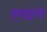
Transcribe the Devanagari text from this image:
एपाइरस